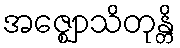
အဇ္ဈောသိတုန္တိ